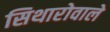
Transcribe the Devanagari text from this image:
सिथारोवाले